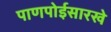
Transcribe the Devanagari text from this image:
पाणपोईसारखे